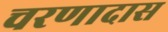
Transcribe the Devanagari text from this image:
चरणादास